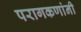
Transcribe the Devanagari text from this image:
परागकणांनी